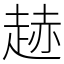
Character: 䞰